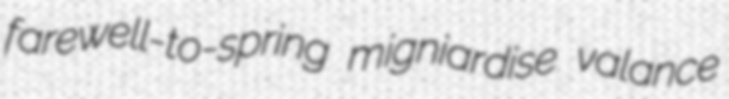
farewell-to-spring migniardise valance